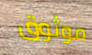
موثوق